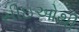
સીઇઓથી